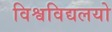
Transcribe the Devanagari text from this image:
विश्वविद्यलयो